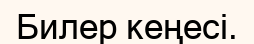
Билер кеңесі.